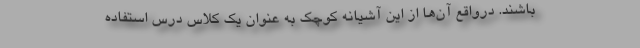
باشند. درواقع آن‌ها از این آشیانه کوچک به عنوان یک کلاس درس استفاده